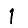
Digit: 1